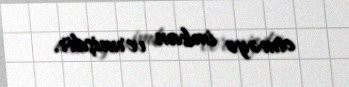
etməyə imkan vermişdir.